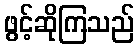
ဖွင့်ဆိုကြသည်